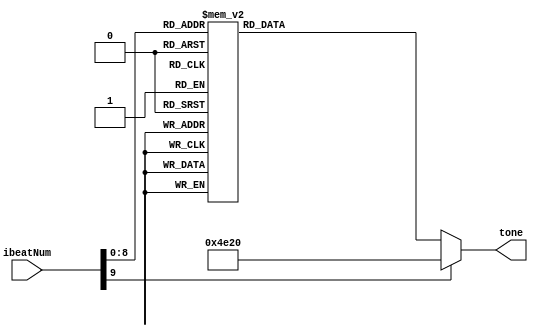
`define NM1 32'd262 //C_freq 1
`define NM2 32'd294 //D_freq 2
`define NM3 32'd330 //E_freq 3
`define NM4 32'd349 //F_freq 4
`define NM5 32'd392 //G_freq 5
`define NM6 32'd440 //A_freq 6
`define NM7 32'd494 //B_freq 7
`define NM8 32'd196 //G-_freq 5-
`define NM9 32'd220 //A-_freq 6-
`define NM10 32'd247 //B-_freq 7-
`define NM11 32'd524 //C+_freq 1+
`define NM12 32'd588 //D+_freq 2+
`define NM13 32'd277 //D_freq- b2
`define NM14 32'd311 //D_freq+ #2
`define NM15 32'd660 //E_freq+ 3+
`define NM16 32'd554 //D_freq+ #2+
`define NM17 32'd698 //F_freq+ 4+
`define NM18 32'd740 //F_freq+ #4+
`define NM19 32'd784 //G_freq+ 5+
`define NM20 32'd880 //A_freq+ 6+
`define NM21 32'd988 //B_freq+ 7+
`define NM22 32'd1048 //C_freq++ 1+

`define NM0 32'd20000 //slience (over freq.)

module Music_boss (
	input [9:0] ibeatNum,	
	output reg [31:0] tone
);

always @(*) begin
	case (ibeatNum)		// 1/4 beat
		10'd0 : tone = `NM11;
		10'd1 : tone = `NM6;
		10'd2 : tone = `NM3;
		10'd3 : tone = `NM11;
		10'd4 : tone = `NM6;
		10'd5 : tone = `NM3;
		10'd6 : tone = `NM11;
		10'd7 : tone = `NM6;
		10'd8 : tone = `NM3;
		10'd9 : tone = `NM11;
		10'd10 : tone = `NM6;
		10'd11 : tone = `NM3;
		
		10'd12 : tone = `NM7;
		10'd13 : tone = `NM7;
		10'd14 : tone = `NM7;
		10'd15 : tone = `NM0;
		10'd16 : tone = `NM7;
		10'd17 : tone = `NM7;
		10'd18 : tone = `NM7;
		10'd19 : tone = `NM0;
		10'd20 : tone = `NM7;
		10'd21 : tone = `NM7;
		10'd22 : tone = `NM7;
		10'd23 : tone = `NM0;
		
		10'd24 : tone = `NM11;
		10'd25 : tone = `NM6;
		10'd26 : tone = `NM3;
		10'd27 : tone = `NM11;
		10'd28 : tone = `NM6;
		10'd29 : tone = `NM3;
		10'd30 : tone = `NM11;
		10'd31 : tone = `NM6;
		10'd32 : tone = `NM3;
		10'd33 : tone = `NM11;
		10'd34 : tone = `NM6;
		10'd35 : tone = `NM3;
		
		10'd36 : tone = `NM12; //1
		10'd37 : tone = `NM12;
		10'd38 : tone = `NM12; //2
		10'd39 : tone = `NM0;
		10'd40 : tone = `NM12; //3
		10'd41 : tone = `NM12;
		10'd42 : tone = `NM12;
		10'd43 : tone = `NM0;
		10'd44 : tone = `NM12; //2
		10'd45 : tone = `NM12;
		10'd46 : tone = `NM12; //1
		10'd47 : tone = `NM0;
		
		10'd48 : tone = `NM11; //7-
		10'd49 : tone = `NM6;
		10'd50 : tone = `NM3; //6-
		10'd51 : tone = `NM11;
		10'd52 : tone = `NM6; //7-
		10'd53 : tone = `NM3;
		10'd54 : tone = `NM11; //1
		10'd55 : tone = `NM6;
		10'd56 : tone = `NM3; //7-
		10'd57 : tone = `NM11;
		10'd58 : tone = `NM6; //6-
		10'd59 : tone = `NM3;
		
		10'd60 : tone = `NM7; //+5-
		10'd61 : tone = `NM7;
		10'd62 : tone = `NM7; //7-
		10'd63 : tone = `NM0;
		10'd64 : tone = `NM7;//repeat
		10'd65 : tone = `NM7;
		10'd66 : tone = `NM7;
		10'd67 : tone = `NM0;
		10'd68 : tone = `NM7;
		10'd69 : tone = `NM7;
		10'd70 : tone = `NM7;
		10'd71 : tone = `NM0;
		
		10'd72 : tone = `NM11;
		10'd73 : tone = `NM6;
		10'd74 : tone = `NM3;
		10'd75 : tone = `NM11;
		10'd76 : tone = `NM6;
		10'd77 : tone = `NM3;
		10'd78 : tone = `NM11;
		10'd79 : tone = `NM6;
		10'd80 : tone = `NM3;
		10'd81 : tone = `NM11;
		10'd82 : tone = `NM6;
		10'd83 : tone = `NM3;
		
		10'd84 : tone = `NM12;
		10'd85 : tone = `NM12;
		10'd86 : tone = `NM12;
		10'd87 : tone = `NM0;
		10'd88 : tone = `NM12;
		10'd89 : tone = `NM12;
		10'd90 : tone = `NM12;
		10'd91 : tone = `NM0;
		10'd92 : tone = `NM12;
		10'd93 : tone = `NM12;
		10'd94 : tone = `NM12;
		10'd95 : tone = `NM0;
		//??
		10'd96 : tone = `NM6;
		10'd97 : tone = `NM6;
		10'd98 : tone = `NM0;
		10'd99 : tone = `NM0;
		10'd100 : tone = `NM15;
		10'd101 : tone = `NM15;
		10'd102 : tone = `NM0;
		10'd103 : tone = `NM0;
		10'd104 : tone = `NM7;	//6-
		10'd105 : tone = `NM7;
		10'd106 : tone = `NM0; //7-
		10'd107 : tone = `NM0;
		10'd108 : tone = `NM15;	//1
		10'd109 : tone = `NM15;
		10'd110 : tone = `NM0; //2
		10'd111 : tone = `NM0;
		
		10'd112 : tone = `NM11;	//3
		10'd113 : tone = `NM11;
		10'd114 : tone = `NM11;
		10'd115 : tone = `NM11;
		10'd116 : tone = `NM12; //6
		10'd117 : tone = `NM12;
		10'd118 : tone = `NM15; //5
		10'd119 : tone = `NM15;
		10'd120 : tone = `NM12; //3
		10'd121 : tone = `NM12;
		10'd122 : tone = `NM12;
		10'd123 : tone = `NM12;
		10'd124 : tone = `NM19; //6-
		10'd125 : tone = `NM19;
		10'd126 : tone = `NM19;
		10'd127 : tone = `NM19;
	
		10'd128 : tone = `NM20; //3
		10'd129 : tone = `NM20;
		10'd130 : tone = `NM15; //2
		10'd131 : tone = `NM15;
		10'd132 : tone = `NM21; //1
		10'd133 : tone = `NM21;
		10'd134 : tone = `NM22; //7-
		10'd135 : tone = `NM22;
		10'd136 : tone = `NM21; //6-
		10'd137 : tone = `NM21;
		10'd138 : tone = `NM22; //7-
		10'd139 : tone = `NM21;
		10'd140 : tone = `NM20; //1
		10'd141 : tone = `NM20;
		10'd142 : tone = `NM19; //2
		10'd143 : tone = `NM19;
		//
		10'd144 : tone = `NM15; //3
		10'd145 : tone = `NM15;
		10'd146 : tone = `NM19;
		10'd147 : tone = `NM19;
		10'd148 : tone = `NM12; //2
		10'd149 : tone = `NM12;
		10'd150 : tone = `NM15; //1
		10'd151 : tone = `NM15;
		10'd152 : tone = `NM11; //7-
		10'd153 : tone = `NM11;
		10'd154 : tone = `NM11; //6-
		10'd155 : tone = `NM11;
		10'd156 : tone = `NM11; //7-
		10'd157 : tone = `NM11;
		10'd158 : tone = `NM11; //1
		10'd159 : tone = `NM11;
	
		10'd160 : tone = `NM6; //7-
		10'd161 : tone = `NM6;
		10'd162 : tone = `NM0; //6-
		10'd163 : tone = `NM0;
		10'd164 : tone = `NM15; //+5-
		10'd165 : tone = `NM15;
		10'd166 : tone = `NM0; //7-
		10'd167 : tone = `NM0;
		10'd168 : tone = `NM7;//6+
		10'd169 : tone = `NM7;
		10'd170 : tone = `NM0;//3+
		10'd171 : tone = `NM0;//7+
		10'd172 : tone = `NM15;
		10'd173 : tone = `NM15;//1++
		10'd174 : tone = `NM0;
		10'd175 : tone = `NM0;
			
		10'd176 : tone = `NM11;
		10'd177 : tone = `NM11;
		10'd178 : tone = `NM11;
		10'd179 : tone = `NM11;
		10'd180 : tone = `NM12;
		10'd181 : tone = `NM12;
		10'd182 : tone = `NM15;
		10'd183 : tone = `NM15;
		10'd184 : tone = `NM12;
		10'd185 : tone = `NM12;
		10'd186 : tone = `NM12;
		10'd187 : tone = `NM12;
		10'd188 : tone = `NM19;
		10'd189 : tone = `NM19;
		10'd190 : tone = `NM19;
		10'd191 : tone = `NM19;
		
		10'd192 : tone = `NM20;
		10'd193 : tone = `NM20;
		10'd194 : tone = `NM15;
		10'd195 : tone = `NM15;
		10'd196 : tone = `NM21;
		10'd197 : tone = `NM21;
		10'd198 : tone = `NM22;
		10'd199 : tone = `NM22;
		10'd200 : tone = `NM21;
		10'd201 : tone = `NM21;
		10'd202 : tone = `NM22;
		10'd203 : tone = `NM21;
		10'd204 : tone = `NM20;
		10'd205 : tone = `NM20;
		10'd206 : tone = `NM19;
		10'd207 : tone = `NM19;
	
		10'd208 : tone = `NM20;
		10'd209 : tone = `NM20;
		10'd210 : tone = `NM20;
		10'd211 : tone = `NM20;
		10'd212 : tone = `NM20;
		10'd213 : tone = `NM20;
		10'd214 : tone = `NM20;
		10'd215 : tone = `NM20;
		10'd216 : tone = `NM20;
		10'd217 : tone = `NM20;
		10'd218 : tone = `NM20;
		10'd219 : tone = `NM20;
		10'd220 : tone = `NM20;
		10'd221 : tone = `NM20;
		10'd222 : tone = `NM20;
		10'd223 : tone = `NM20;
		//repeat
		10'd224 : tone = `NM6;
		10'd225 : tone = `NM6;
		10'd226 : tone = `NM0;
		10'd227 : tone = `NM0;
		10'd228 : tone = `NM15;
		10'd229 : tone = `NM15;
		10'd230 : tone = `NM0;
		10'd231 : tone = `NM0;
		10'd232 : tone = `NM7;	//6-
		10'd233 : tone = `NM7;
		10'd234 : tone = `NM0; //7-
		10'd235 : tone = `NM0;
		10'd236 : tone = `NM15;	//1
		10'd237 : tone = `NM15;
		10'd238 : tone = `NM0; //2
		10'd239 : tone = `NM0;
		
		10'd240 : tone = `NM11;	//3
		10'd241 : tone = `NM11;
		10'd242 : tone = `NM11;
		10'd243 : tone = `NM11;
		10'd244 : tone = `NM12; //6
		10'd245 : tone = `NM12;
		10'd246 : tone = `NM15; //5
		10'd247 : tone = `NM15;
		10'd248 : tone = `NM12; //3
		10'd249 : tone = `NM12;
		10'd250 : tone = `NM12;
		10'd251 : tone = `NM12;
		10'd252 : tone = `NM19; //6-
		10'd253 : tone = `NM19;
		10'd254 : tone = `NM19;
		10'd255 : tone = `NM19;
		
		10'd256 : tone = `NM20; //3
		10'd257 : tone = `NM20;
		10'd258 : tone = `NM15; //2
		10'd259 : tone = `NM15;
		10'd260 : tone = `NM21; //1
		10'd261 : tone = `NM21;
		10'd262 : tone = `NM22; //7-
		10'd263 : tone = `NM22;
		10'd264 : tone = `NM21; //6-
		10'd265 : tone = `NM21;
		10'd266 : tone = `NM22; //7-
		10'd267 : tone = `NM21;
		10'd268 : tone = `NM20; //1
		10'd269 : tone = `NM20;
		10'd270 : tone = `NM19; //2
		10'd271 : tone = `NM19;

		10'd272 : tone = `NM15; //3
		10'd273 : tone = `NM15;
		10'd274 : tone = `NM19;
		10'd275 : tone = `NM19;
		10'd276 : tone = `NM12; //2
		10'd277 : tone = `NM12;
		10'd278 : tone = `NM15; //1
		10'd279 : tone = `NM15;
		10'd280 : tone = `NM11; //7-
		10'd281 : tone = `NM11;
		10'd282 : tone = `NM11; //6-
		10'd283 : tone = `NM11;
		10'd284 : tone = `NM11; //7-
		10'd285 : tone = `NM11;
		10'd286 : tone = `NM11; //1
		10'd287 : tone = `NM11;
	
		10'd288 : tone = `NM6; //7-
		10'd289 : tone = `NM6;
		10'd290 : tone = `NM0; //6-
		10'd291 : tone = `NM0;
		10'd292 : tone = `NM15; //+5-
		10'd293 : tone = `NM15;
		10'd294 : tone = `NM0; //7-
		10'd295 : tone = `NM0;
		10'd296 : tone = `NM7;//6+
		10'd297 : tone = `NM7;
		10'd298 : tone = `NM0;//3+
		10'd299 : tone = `NM0;//7+
		10'd300 : tone = `NM15;
		10'd301 : tone = `NM15;//1++
		10'd302 : tone = `NM0;
		10'd303 : tone = `NM0;
		
		10'd304 : tone = `NM11;
		10'd305 : tone = `NM11;
		10'd306 : tone = `NM11;
		10'd307 : tone = `NM11;
		10'd308 : tone = `NM12;
		10'd309 : tone = `NM12;
		10'd310 : tone = `NM15;
		10'd311 : tone = `NM15;
		10'd312 : tone = `NM12;
		10'd313 : tone = `NM12;
		10'd314 : tone = `NM12;
		10'd315 : tone = `NM12;
		10'd316 : tone = `NM19;
		10'd317 : tone = `NM19;
		10'd318 : tone = `NM19;
		10'd319 : tone = `NM19;
	
		10'd320 : tone = `NM20;
		10'd321 : tone = `NM20;
		10'd322 : tone = `NM15;
		10'd323 : tone = `NM15;
		10'd324 : tone = `NM21;
		10'd325 : tone = `NM21;
		10'd326 : tone = `NM22;
		10'd327 : tone = `NM22;
		10'd328 : tone = `NM21;
		10'd329 : tone = `NM21;
		10'd330 : tone = `NM22;
		10'd331 : tone = `NM21;
		10'd332 : tone = `NM20;
		10'd333 : tone = `NM20;
		10'd334 : tone = `NM19;
		10'd335 : tone = `NM19;
		
		10'd336 : tone = `NM20;
		10'd337 : tone = `NM20;
		10'd338 : tone = `NM20;
		10'd339 : tone = `NM20;
		10'd340 : tone = `NM20;
		10'd341 : tone = `NM20;
		10'd342 : tone = `NM20;
		10'd343 : tone = `NM20;
		10'd344 : tone = `NM20;
		10'd345 : tone = `NM20;
		10'd346 : tone = `NM20;
		10'd347 : tone = `NM20;
		10'd348 : tone = `NM20;
		10'd349 : tone = `NM20;
		10'd350 : tone = `NM20;
		10'd351 : tone = `NM20;
	
		default : tone = `NM0;
	endcase
end

endmodule